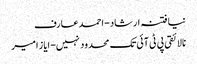
نیا فتنہ ارشاد- احمد عارف
نالائقی پی ٹی آئی تک محدود نہیں- ایاز امیر